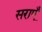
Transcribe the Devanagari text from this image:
सराएँ